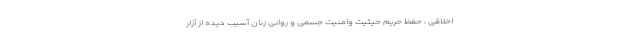
اخلاقی ، حفظ حریم حیثیت وامنیت جسمی و روانی زنان آسیب دیده از آزار